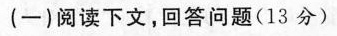
(一)阅读下文，回答问题(13分)